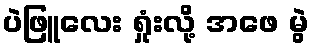
ပဲဖြူလေး ရှုံးလို့ အဖေ မွဲ